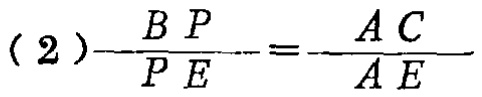
(2)$\frac{BP}{PE}=\frac{AC}{AE}$